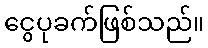
ငွေပုခက်ဖြစ်သည်။